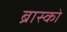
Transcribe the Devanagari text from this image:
ब्रास्को